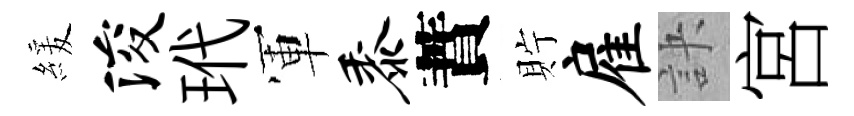
緩浚玳軍黍蕡貯雇訣宮